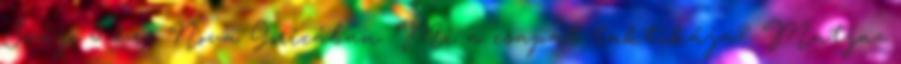
Svájc 5-1-re Nova Goricában. Mi a csapat taktikája? Matjaz